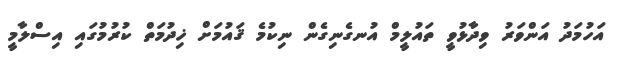
އަހުމަދު އަންވަރު ވިދާޅުވީ ތައުލީމް އުނގެނިގެން ނިކުމެ ޤައުމަށް ޚިދުމަތް ކުރުމުގައި އިސްލާމީ